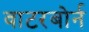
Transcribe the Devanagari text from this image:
वाटरबोर्न